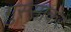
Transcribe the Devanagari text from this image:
गुस्साकर